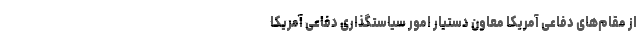
از مقام‌های دفاعی آمریکا معاون دستیار امور سیاستگذاری دفاعی آمریکا